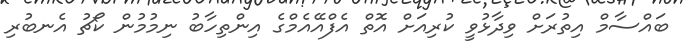
ބައްސާމް އިތުރަށް ވިދާޅުވީ ކުރިއަށް އޮތް އެފްއޭއެމްގެ އިންތިހާބު ނިމުމުން ކޯޗު އެނބުރި